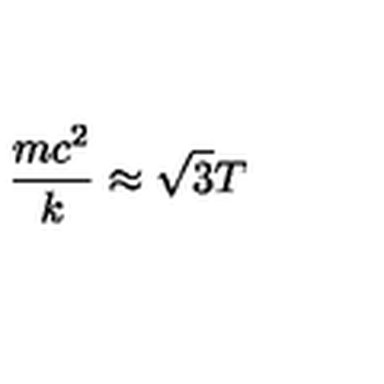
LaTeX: \frac { m c ^ { 2 } } { k } \approx \sqrt { 3 } T